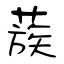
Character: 蔟